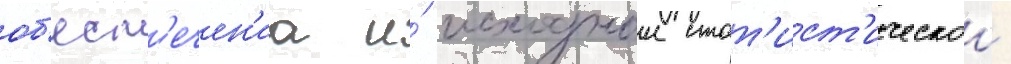
об'есп'ечен'иа и́ исходнои стат'ист'ическои